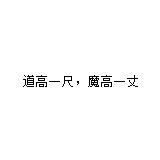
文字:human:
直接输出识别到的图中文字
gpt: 道高一尺，魔高一丈